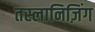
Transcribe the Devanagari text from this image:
तस्लानिज़िंग